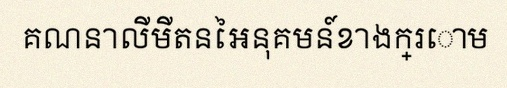
គណនាលីមីតនៃអនុគមន៍ខាងក្រោម